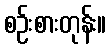
စဉ်းစားတုန်း။